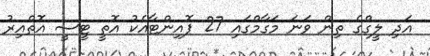
އަދި ލީގްގެ ތިން ވަނަ މަގާމްގައި 27 ޕޮއިންޓާއެކު އޮތީ ޓީސީ އޮތްއިރު